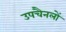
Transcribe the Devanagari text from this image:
उपचैनलों